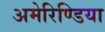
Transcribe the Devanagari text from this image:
अमेरिण्डिया